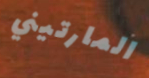
المارتيني